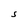
Character: S